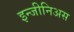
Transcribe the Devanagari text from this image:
इन्जीनिअस